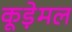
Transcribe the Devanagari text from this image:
कूड़ेमल